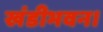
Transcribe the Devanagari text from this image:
खंडीभवन।